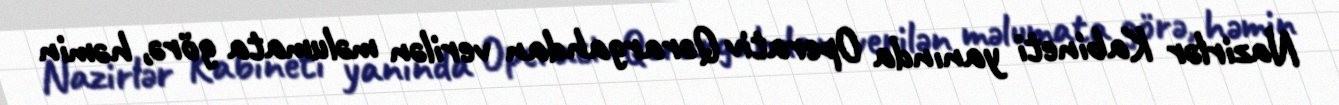
Nazirlər Kabineti yanında Operativ Qərargahdan verilən məlumata görə, həmin